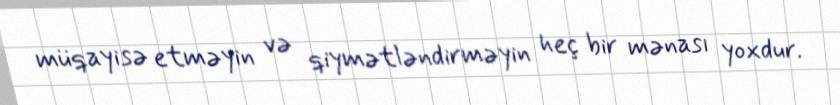
müqayisə etməyin və qiymətləndirməyin heç bir mənası yoxdur.